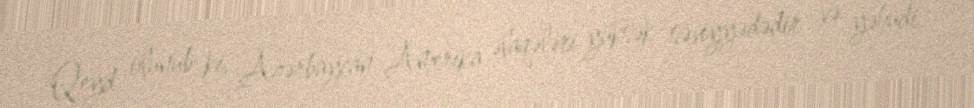
Qeyd olunub ki, Azərbaycan-Amerika əlaqələri yüksək səviyyədədir və yəhudi